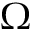
\Omega